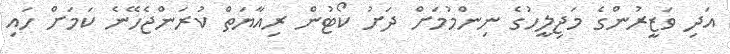
އަދި ވަޒީރުންގެ މަޖިލީހުގެ ނިންމުމަށް ދަށު ކޯޓުން ރިއާޔަތް ކުރަންޖެހޭނެ ކަމަށް ހައި